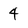
Character: 4